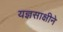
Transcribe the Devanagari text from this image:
यज्ञसाक्षीने